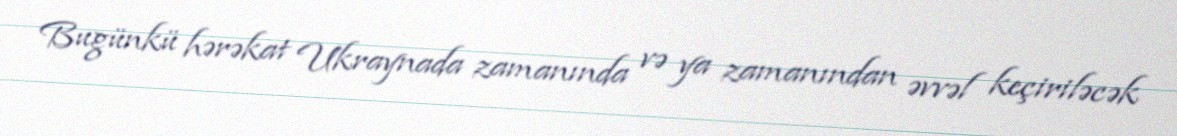
Bugünkü hərəkat Ukraynada zamanında və ya zamanından əvvəl keçiriləcək